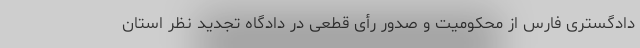
دادگستری فارس از محکومیت و صدور رأی قطعی در دادگاه تجدید نظر استان